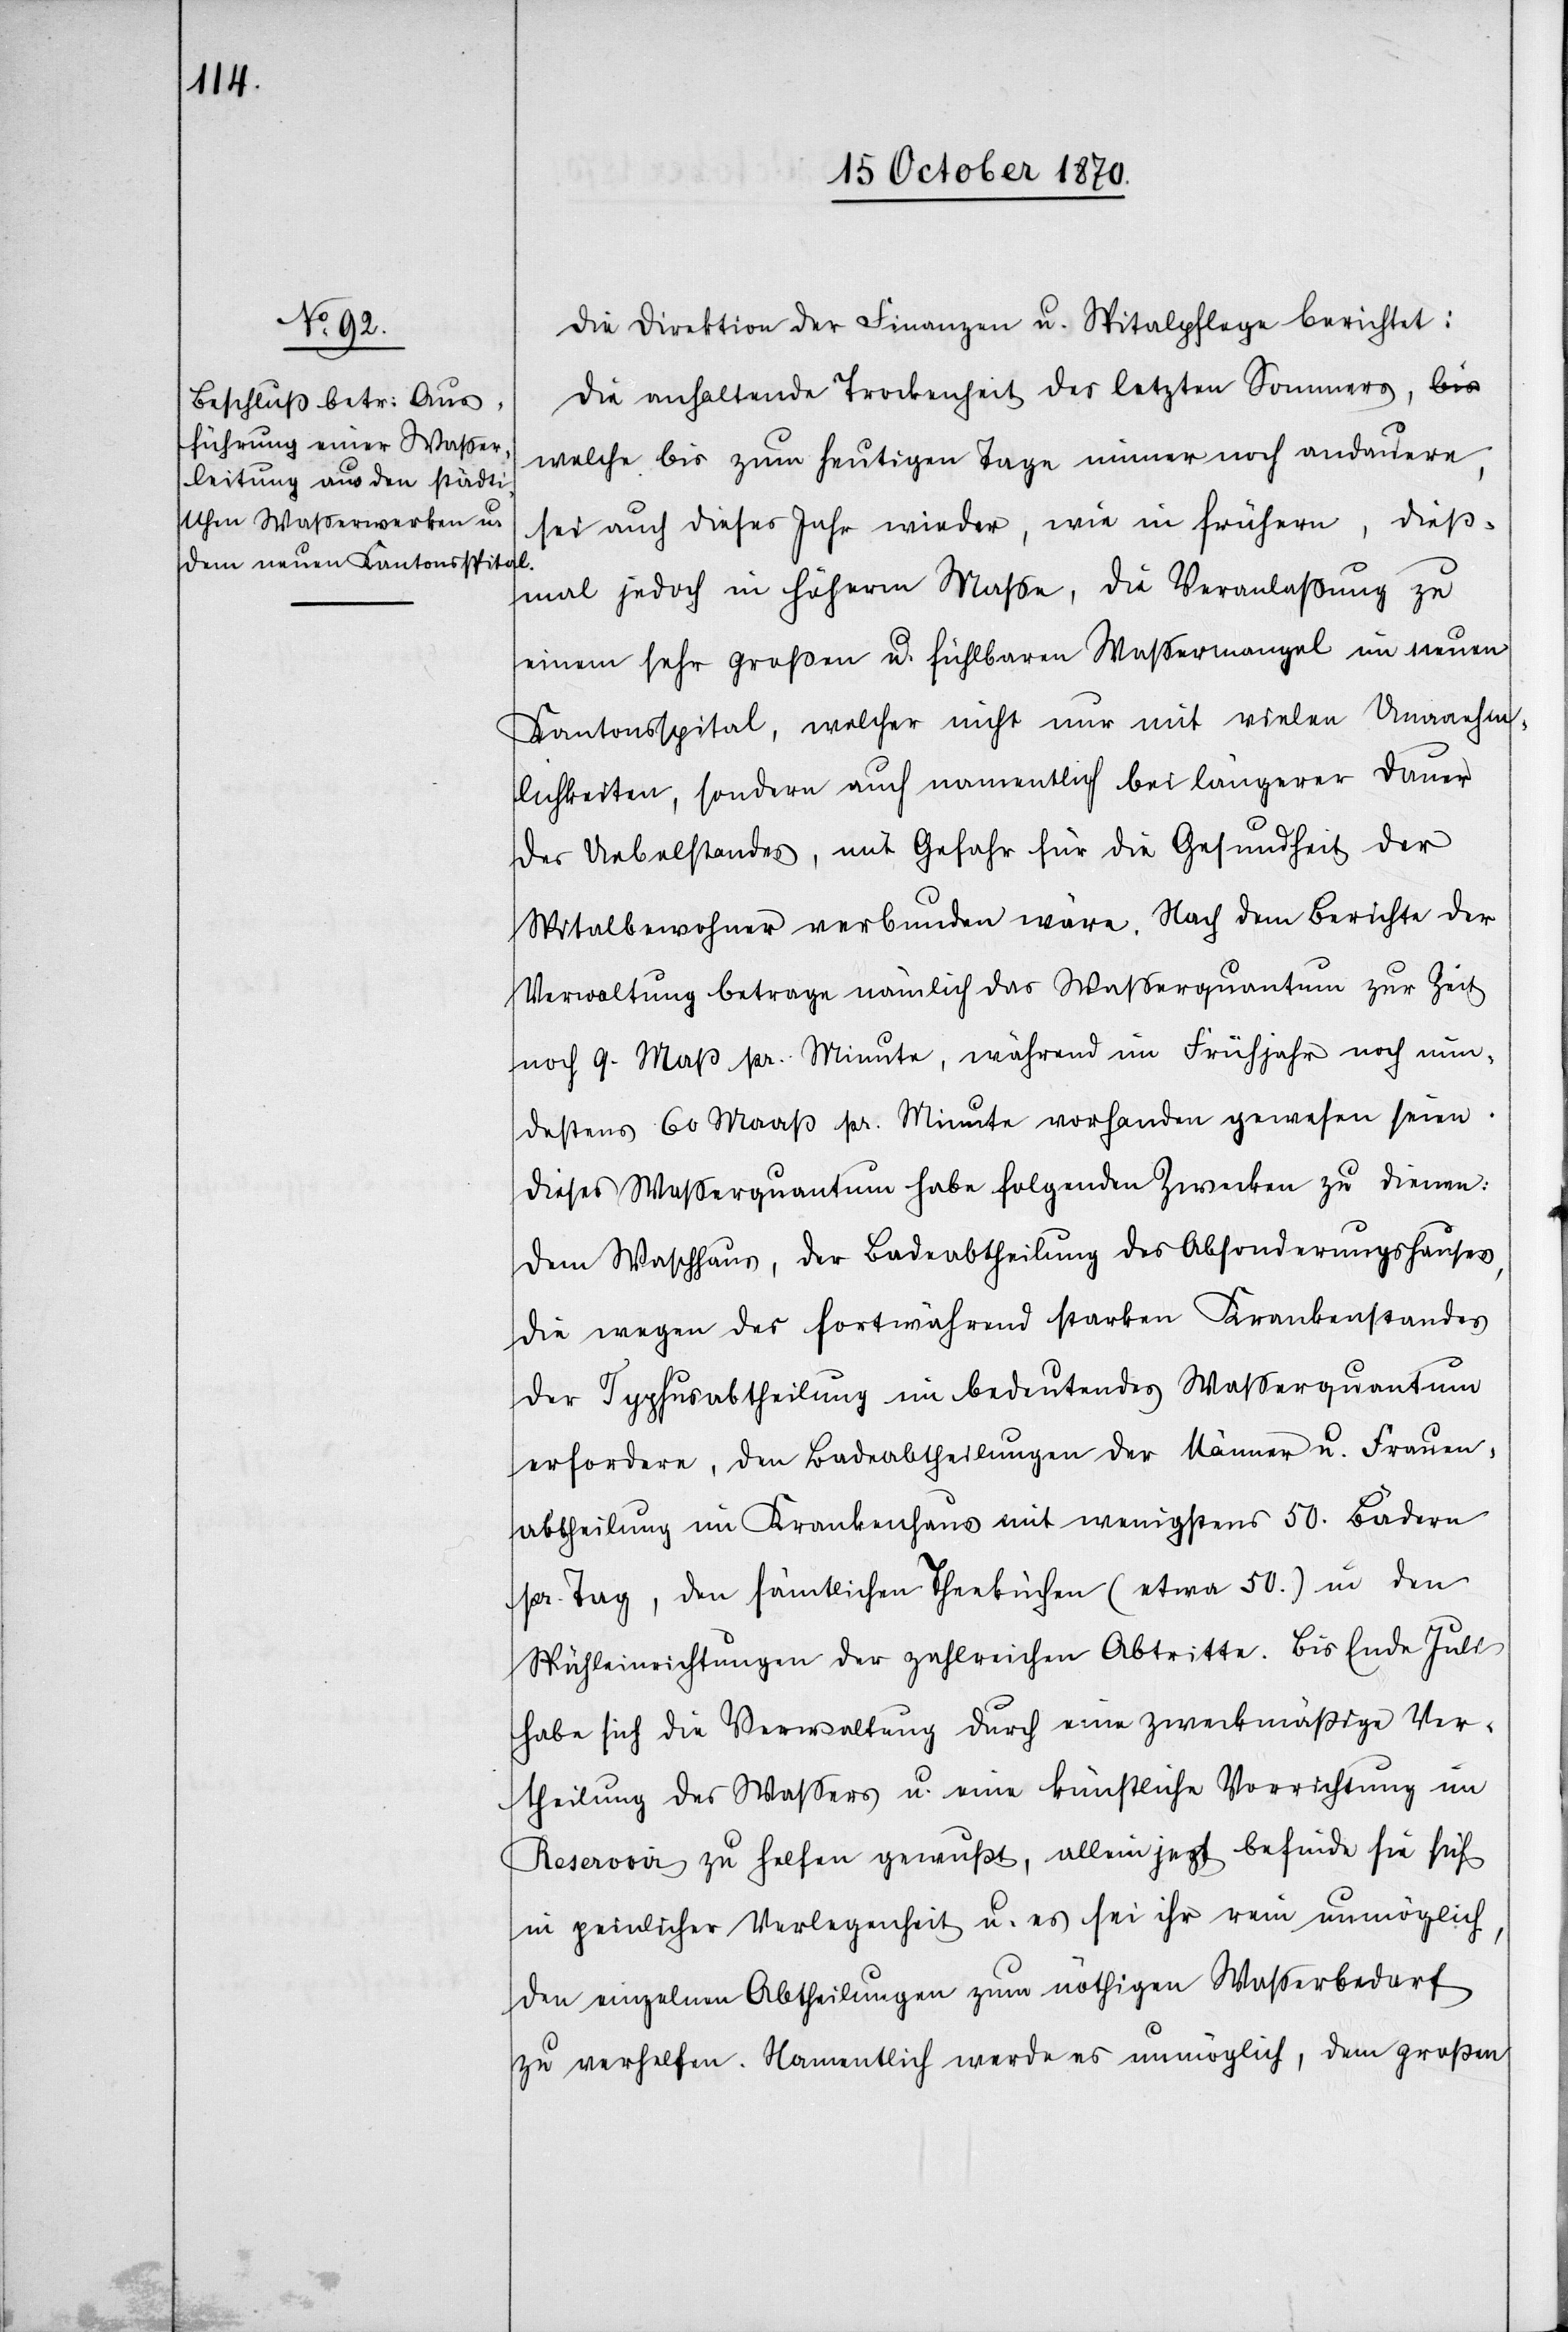
Die Direktion der Finanzen u. Spitalpflege berichtet:
Die anhaltende Trockenheit des letzten Sommers, a-bis-a
welche bis zum heutigen Tage immer noch andauere,
sei auch dieses Jahr wieder, wie in frühern, dieß¬
mal jedoch in höherm Maße, die Veranlaßung zu
einem sehr großen u. fühlbaren Waßermangel im neuen
Kantonsspital, welcher nicht nur mit vielen Unannehm¬
lichkeiten, sondern auch namentlich bei längerer Dauer
des Uebelstandes, mit Gefahr für die Gesundheit der
Spitalbewohner verbunden wäre. Nach dem Berichte der
Verwaltung betrage nämlich das Waßerquantum zur Zeit
noch 9. Maß pr. Minute, während im Frühjahr noch min¬
destens 60 Maaß pr. Minute vorhanden gewesen seien.
Dieses Waßerquantum habe folgenden Zwecken zu dienen:
Dem Waschhaus, der Badeabtheilung des Absonderungshauses,
die wegen des fortwährend starken Krankenstandes
der Typhusabtheilung ein bedeutendes Waßerquantum
erfordere, den Badabtheilungen der Männer u. Frauen¬
abtheilung im Krankenhause mit wenigstens 50. Bädern
pr. Tag, den sämtlichen Theeküchen (etwa 50.) in den
Spüleinrichtungen der zahlreichen Abtritte. Bis Ende Juli
habe sich die Verwaltung durch eine zweckmäßige Ver¬
theilung des Wassers u. eine künstliche Vorrichtung im
Reservoir zu helfen gewußt, allein jetzt befinde sie sich
in peinlicher Verlegenheit u. es sei ihr rein unmöglich,
den einzelnen Abtheilungen zum nöthigen Waßerbedarf
zu verhelfen. Namentlich werde es unmöglich, dem großen